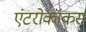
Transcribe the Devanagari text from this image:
एंटरोकॉकस